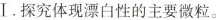
Ⅰ.探究体现漂白性的主要微粒。